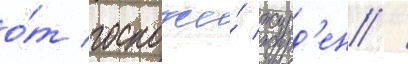
о́т госпожи́ журд'ен /